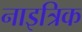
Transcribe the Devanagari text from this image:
नाइत्रिक